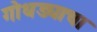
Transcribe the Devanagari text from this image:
गोधड्याचा